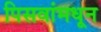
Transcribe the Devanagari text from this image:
पिसवांमधून